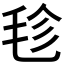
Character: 𣭕